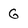
Character: G